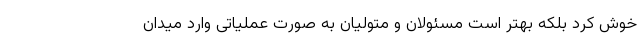
خوش کرد بلکه بهتر است مسئولان و متولیان به صورت عملیاتی وارد میدان